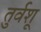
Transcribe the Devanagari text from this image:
तुर्वशू